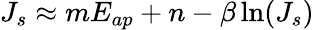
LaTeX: J_{s}\approx mE_{ap}+n-\beta\ln(J_{s})